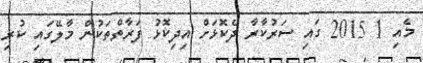
މެއި 1 2015 ގައި ސަރުކާރާ ދެކޮޅަށް އިދިކޮޅު ފަރާތްތަކުން މާލޭގައި ކުރި